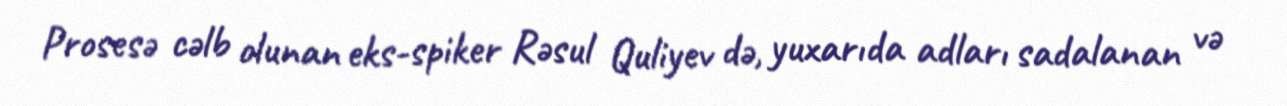
Prosesə cəlb olunan eks-spiker Rəsul Quliyev də, yuxarıda adları sadalanan və